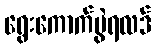
ရွေးကောက်ပွဲရလဒ်